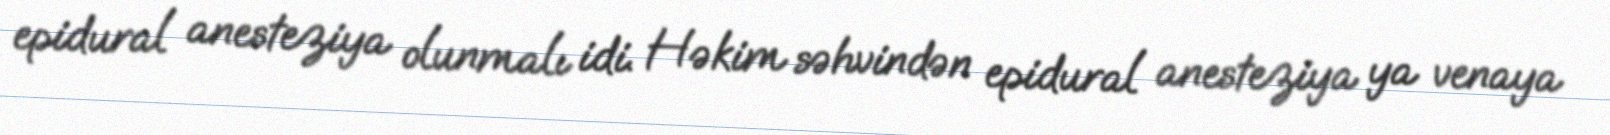
epidural anesteziya olunmalı idi. Həkim səhvindən epidural anesteziya ya venaya